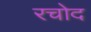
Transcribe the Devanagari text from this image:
रचोद